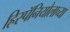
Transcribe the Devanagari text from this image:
हिस्पॅनियोलाच्या